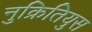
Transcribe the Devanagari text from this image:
नुक्रितियुस